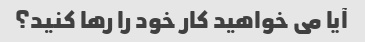
آیا می خواهید کار خود را رها کنید؟